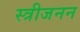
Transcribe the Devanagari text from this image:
स्त्रीजनन